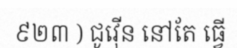
៩២៣ ) ជូវ៉ើន នៅតែ ធ្វើ